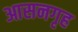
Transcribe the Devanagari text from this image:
आसनगृह